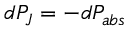
d P _ { J } = - d P _ { a b s }